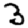
Digit: 3